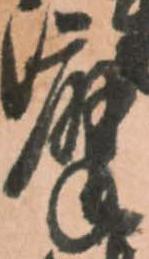
摩